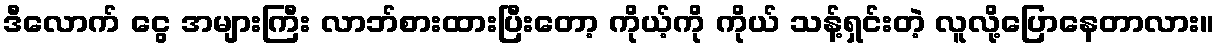
ဒီလောက် ငွေ အများကြီး လာဘ်စားထားပြီးတော့ ကိုယ့်ကို ကိုယ် သန့်ရှင်းတဲ့ လူလို့ပြောနေတာလား။